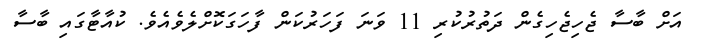
އަށް ބާސާ ޖެހިޖެހިގެން ދަތުރުކުރި 11 ވަނަ ފަހަރުކަން ފާހަގަކޮށްލެވެއެވެ. ކުއާޓާގައި ބާސާ